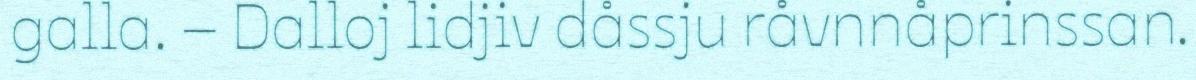
galla. – Dalloj lidjiv dåssju råvnnåprinssan.